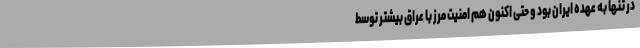
در تنها به عهده ایران بود و حتی اکنون هم امنیت مرز با عراق بیشتر توسط